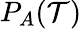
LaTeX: P_{A}({\cal T})